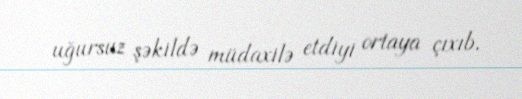
uğursuz şəkildə müdaxilə etdiyi ortaya çıxıb.